Suure-Kopu_vallavalitsus, lk 23
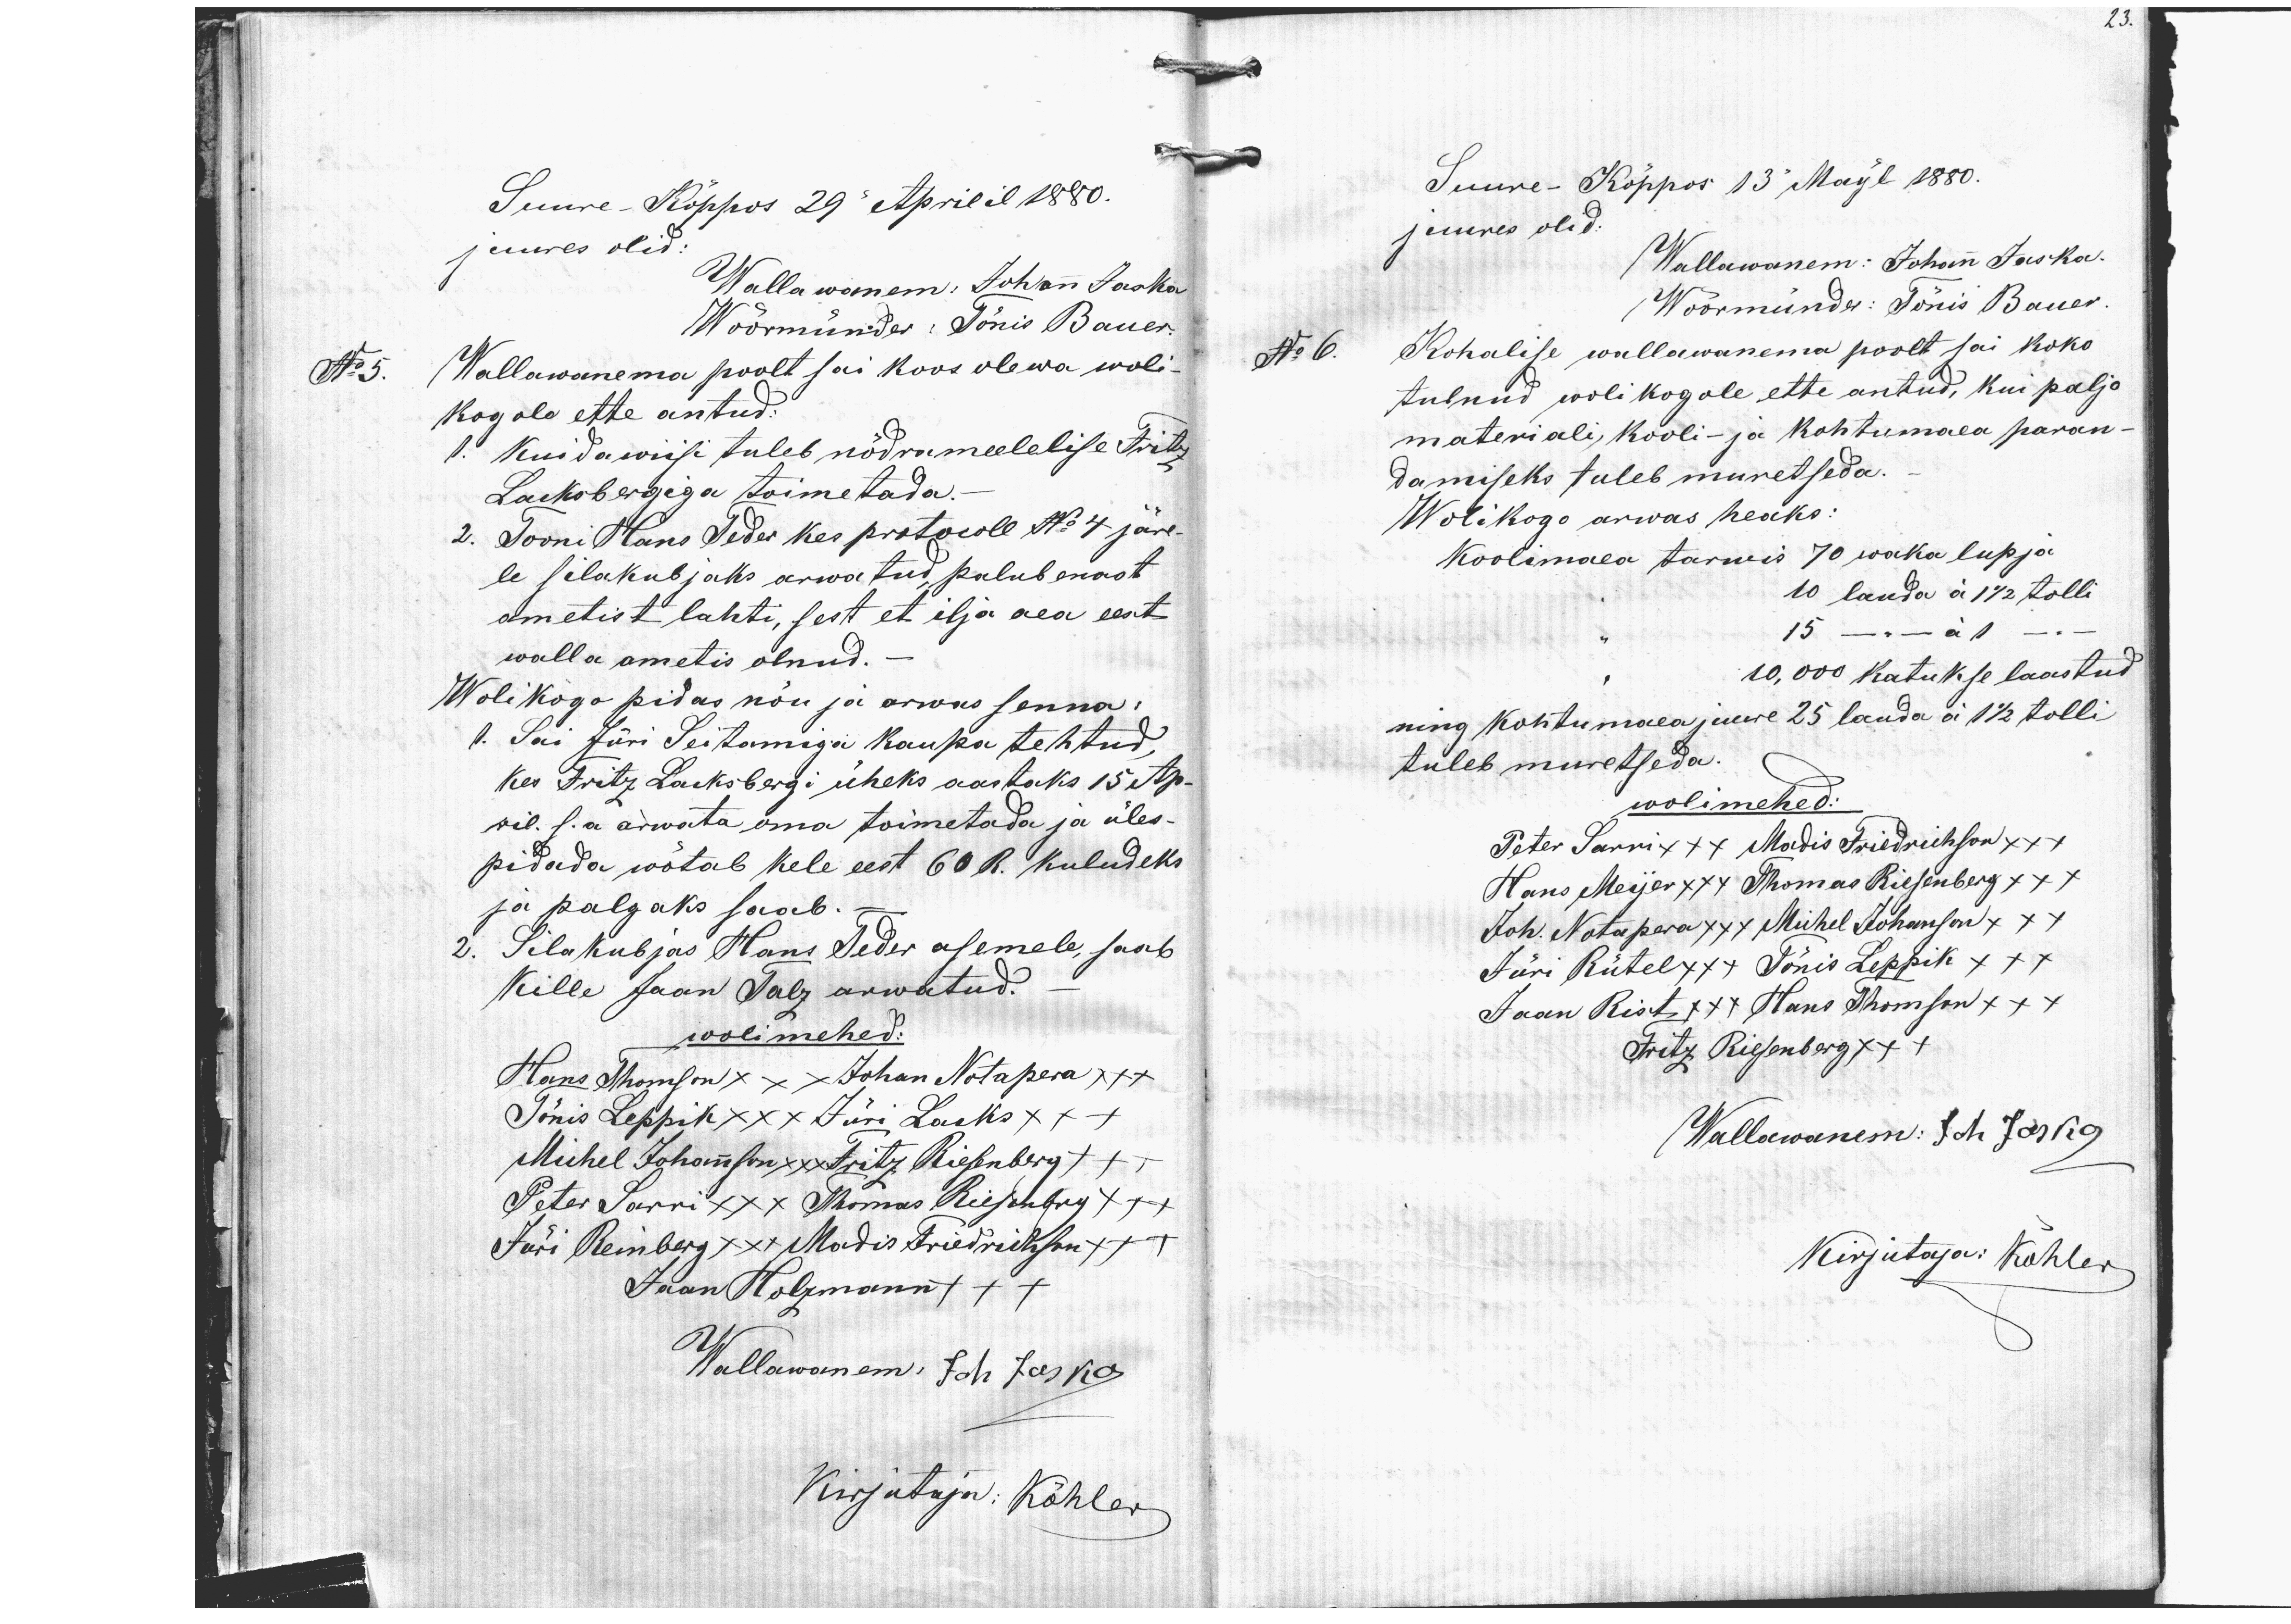
23.
Suure-Kõppos 29 Aprilil 1880.
juures olid:
Wallawanem: Johann Jaska
Wõõrmünder: Tõnis Bauer.
No 5. Wallawanema poolt sai koos olewa woli-
kogole ette antud.
1. Kuidawiisi tuleb nõdrameelelise Fritz
Lacksbergiga toimetada.
2. Tooni Hans Teder kes protokoll No 4 järe-
le silakubjaks arwatud palub enast
ametist lahti, sest et ilja aea eest
walla ametis olnud.
Wolikogo pidas nõu ja arwas senna:
1. Sai Jüri Seitamiga kaupa tehtud,
Kes Fritz Lacksbergi üheks aastaks 15 Ap-
ril. s.a arwata oma toimetada ja üles-
pidada wõtab kele eest 60 R. kuludeks
ja palgaks saab.
2. Sila kubjas Hans Teder asemele, saab
Kille Jaan Talz arwatud.
wolimehed
Hans Thomson xxx Johan Notapera xxx
Tõnis Leppik xxx Jüri Lacks xx+
Michel Johannson xxx Fritz Riesenberg +++
Peter Sarri xxx Thomas Riesenberg x++
Jüri Reinberg xxx Madis Friedrichson x++
Jaan Holzmann +++
Wallawanem: Joh Jaska
Kirjutaja: Köhler
Suure-Kõppos 13 Mail 1880.
juures olid.
Wallawanem: Johan Jaska.
Wöörmünder: Tõnis Bauer.
No 6. Kohalise wallawanema poolt sai koko
tulnud wolikogole ette antud, kui paljo
materiali, kooli- ja kohtumaea paran-
damiseks tuleb muretseda.
Wolikogo arwas heaks:
Koolimaea tarwis 70 waka lupja
" 10 lauda á 1 1/2 tolli
" 15 - á 1 -
" 10,000 katukse laastud
ning kohtumaea juure 25 lauda á 1 1/2 tolli
tuleb muretseda.
wolimehed:
Peter Sarri xxx Madis Friedrichson xxx
Hans Meijer xxx Thomas Riesenberg xxx
Joh. Notapera xxx Michel Johanson xxx
Jüri Rütel xx+ Tõnis Leppik xxx
Jaan Rist x+x Hans Thomson xxx
Fritz Riesenberg x++
Wallawanem: Joh Jaska
Kirjutaja: Köhler